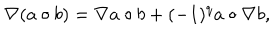
LaTeX: \nabla ( a \circ b ) = \nabla a \circ b + ( - 1 ) ^ { q } a \circ \nabla b ,